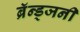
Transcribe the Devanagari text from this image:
ब्रॅन्ड्जनी